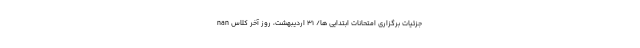
nan جزئیات برگزاری امتحانات ابتدایی ها/ ۳۱ اردیبهشت، روز آخر کلاس